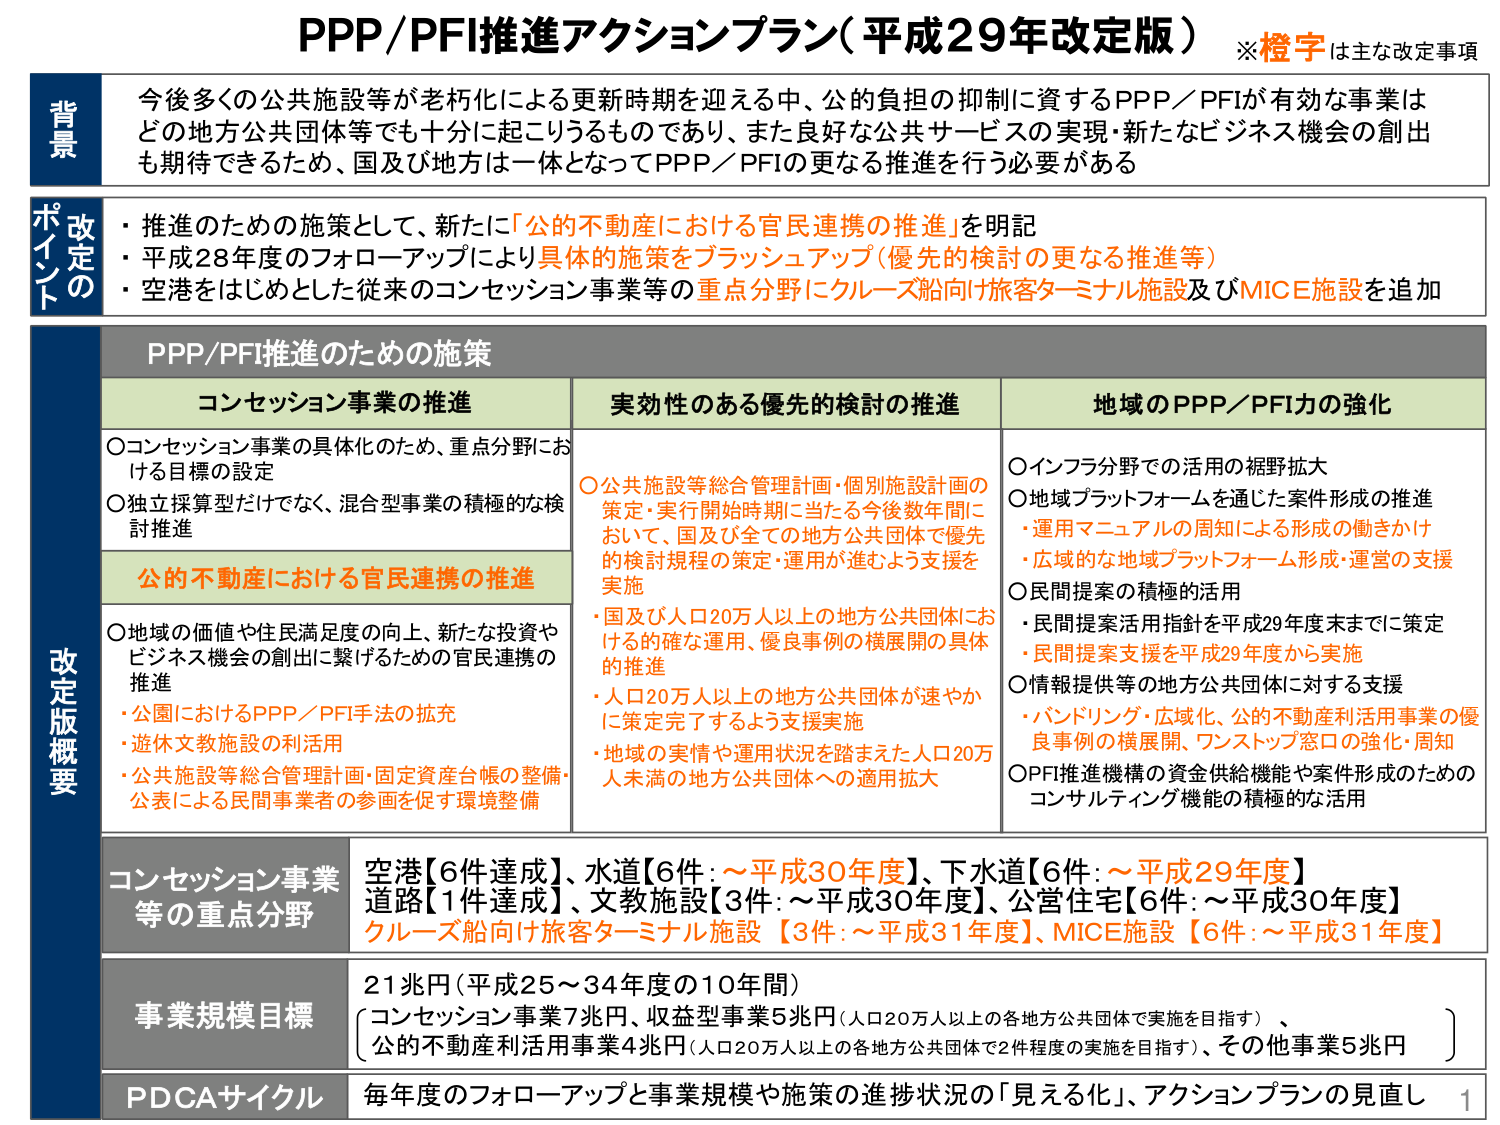
PPP/PFI推進アクションプラン（平成29年改定版）　※橙字は主な改定事項

背景
今後多くの公共施設等が老朽化による更新時期を迎える中、公的負担の抑制に資するPPP／PFIが有効な事業はどの地方公共団体等でも十分に起こりうるものであり、また良好な公共サービスの実現・新たなビジネス機会の創出も期待できるため、国及び地方は一体となってPPP／PFIの更なる推進を行う必要がある

改定のポイント
・推進のための施策として、新たに「公的不動産における官民連携の推進」を明記
・平成28年度のフォローアップにより具体的施策をブラッシュアップ（優先的検討の更なる推進等）
・空港をはじめとした従来のコンセッション事業等の重点分野にクルーズ船向け旅客ターミナル施設及びMICE施設を追加

PPP/PFI推進のための施策

コンセッション事業の推進
○コンセッション事業の具体化のため、重点分野における目標の設定
○独立採算型だけでなく、混合型事業の積極的な検討推進

公的不動産における官民連携の推進
○地域の価値や住民満足度の向上、新たな投資やビジネス機会の創出に繋げるための官民連携の推進
・公園におけるPPP／PFI手法の拡充
・遊休文教施設の利活用
・公共施設等総合管理計画・固定資産台帳の整備・公表による民間事業者の参画を促す環境整備

実効性のある優先的検討の推進
○公共施設等総合管理計画・個別施設計画の策定・実行開始時期に当たる今後数年間において、国及び全ての地方公共団体で優先的検討規程の策定・運用が進むよう支援を実施
・国及び人口20万人以上的地方公共団体における的確な運用、優良事例の横展開の具体的推進
・人口20万人以上的地方公共団体が速やかに策定完了するよう支援実施
・地域の実情や運用状況を踏まえた人口20万人未満の地方公共団体への適用拡大

地域のPPP／PFI力の強化
○インフラ分野での活用の視野拡大
○地域プラットフォームを通じた案件形成の推進
・運用マニュアルの周知による形成の働きかけ
・広域的な地域プラットフォーム形成・運営の支援
○民間提案の積極的活用
・民間提案活用指針を平成29年度末までに策定
・民間提案支援を平成29年度から実施
○情報提供等の地方公共団体に対する支援
・バンドリング・広域化、公的不動産利活用事業の優良事例の横展開、ワンストップ窓口の強化・周知
○PFI推進機構の資金供給機能や案件形成のためのコンサルティング機能の積極的な活用

コンセッション事業等の重点分野
空港【6件達成】、水道【6件：～平成30年度】、下水道【6件：～平成29年度】
道路【1件達成】、文教施設【3件：～平成30年度】、公営住宅【6件：～平成30年度】
クルーズ船向け旅客ターミナル施設【3件：～平成31年度】、MICE施設【6件：～平成31年度】

事業規模目標
21兆円（平成25～34年度の10年間）
〔コンセッション事業7兆円、収益型事業5兆円（人口20万人以上の各地方公共団体で実施を目指す）、
公的不動産利活用事業4兆円（人口20万人以上の各地方公共団体で2件程度の実施を目指す）、その他事業5兆円〕

PDCAサイクル
毎年度のフォローアップと事業規模や施策の進捗状況の「見える化」、アクションプランの見直し

1